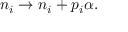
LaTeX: n _ { i } \rightarrow n _ { i } + p _ { i } \alpha .